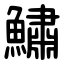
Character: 鱐